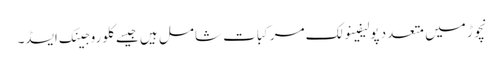
نچوڑ میں متعدد پولیفینولک مرکبات شامل ہیں جیسے کلوروجینک ایسڈ۔